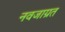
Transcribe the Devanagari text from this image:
नवजाग्रत